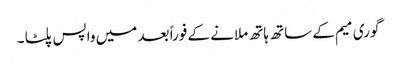
گوری میم کے ساتھ ہاتھ ملانے کے فوراً بعد میں واپس پلٹا ۔